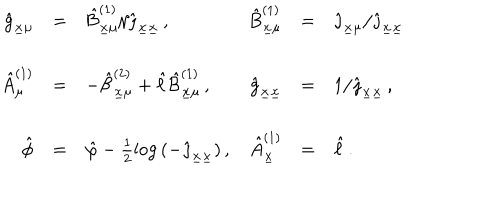
\begin{array} { r c l r c l } { { \hat { g } _ { \underline { { { x } } } \mu } } } & { { = } } & { { \hat { \cal B } _ { \underline { { { x } } } \mu } ^ { ( 1 ) } / \hat { \jmath } _ { \underline { { { x } } } \underline { { { x } } } } \, , } } & { { \hat { B } _ { \underline { { { x } } } \mu } ^ { ( 1 ) } } } & { { = } } & { { \hat { \jmath } _ { \underline { { { x } } } \mu } / \hat { \jmath } _ { \underline { { { x } } } \underline { { { x } } } } } } \\ { { } } & { { } } & { { } } & { { } } & { { } } & { { } } \\ { { \hat { A } _ { \mu } ^ { ( 1 ) } } } & { { = } } & { { - \hat { \cal B } _ { \underline { { { x } } } \mu } ^ { ( 2 ) } + \hat { \ell } \hat { \cal B } _ { \underline { { { x } } } \mu } ^ { ( 1 ) } \, , } } & { { \hat { g } _ { \underline { { { x } } } \underline { { { x } } } } } } & { { = } } & { { 1 / \hat { \jmath } _ { \underline { { { x } } } \underline { { { x } } } } \, , } } \\ { { } } & { { } } & { { } } & { { } } & { { } } & { { } } \\ { { \hat { \phi } } } & { { = } } & { { \hat { \varphi } - \frac { 1 } { 2 } \log { ( - \hat { \jmath } _ { \underline { { { x } } } \underline { { { x } } } } ) } \, , } } & { { \hat { A } _ { \underline { { { x } } } } ^ { ( 1 ) } } } & { { = } } & { { \hat { \ell } \, . } } \\ \end{array}